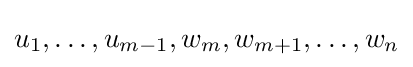
u_{1},\ldots ,u_{m-1},w_{m},w_{m+1},\ldots ,w_{n}